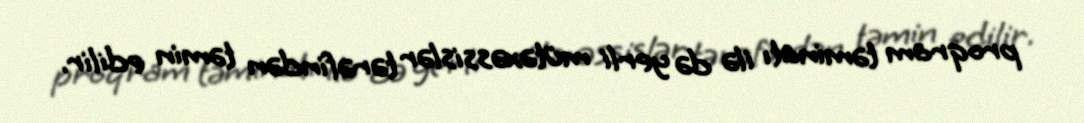
proqram təminatı ilə də yerli mütəxəssislər tərəfindən təmin edilir.